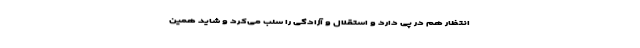
انتظار هم در پی دارد و استقلال و آزادگی را سلب می‌کرد و شاید همین